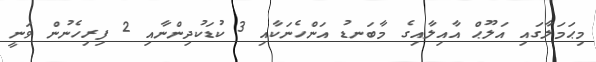
މިޙަމަލާގައި އަލޫޙް އާއިލާއިގެ މާބަނޑު އަންހެނަކާއި 3 ކުޑަކުދިންނާއި 2 ފިރިހެނުން ވަނީ